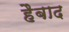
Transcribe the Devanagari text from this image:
हैबाद